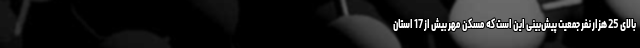
بالای 25 هزار نفر جمعیت پیش‌بینی این است که مسکن مهر بیش از 17 استان